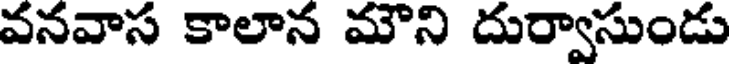
వనవాస కాలాన మౌని దుర్వాసుండు